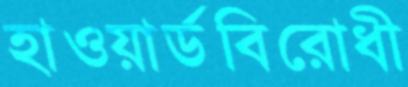
হাওয়ার্ডবিরোধী